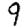
Digit: 9